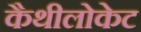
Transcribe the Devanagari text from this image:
कैथीलोकेट